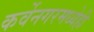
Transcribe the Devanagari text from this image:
कर्वेनगरमध्येही